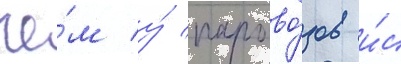
че́м у́ парово́зов и́с